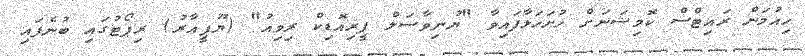
ހިއުމަން ރައިޓްސް ކޮމިޝަނަށް ހުށަހަޅާފައިވާ "ޔުނިވާސަލް ޕީރިއޮޑިކް ރިވިއު" (ޔޫޕީއާރު) ރިޕޯޓުގައި ބުނެފައި